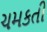
ચમકતી